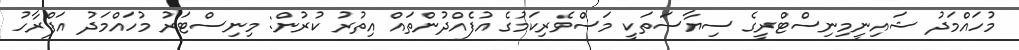
މުހައްމަދު ޝައިނީމިނިސްޓްރީގެ ސިޔާސަތަކީ މަސްވެރިކަމުގެ އުފެއްދުންތައް އިތުރު ކުރުން: މިނިސްޓަރު މުހައްމަދު އަފްރާހު